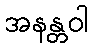
အနန္တဝါ